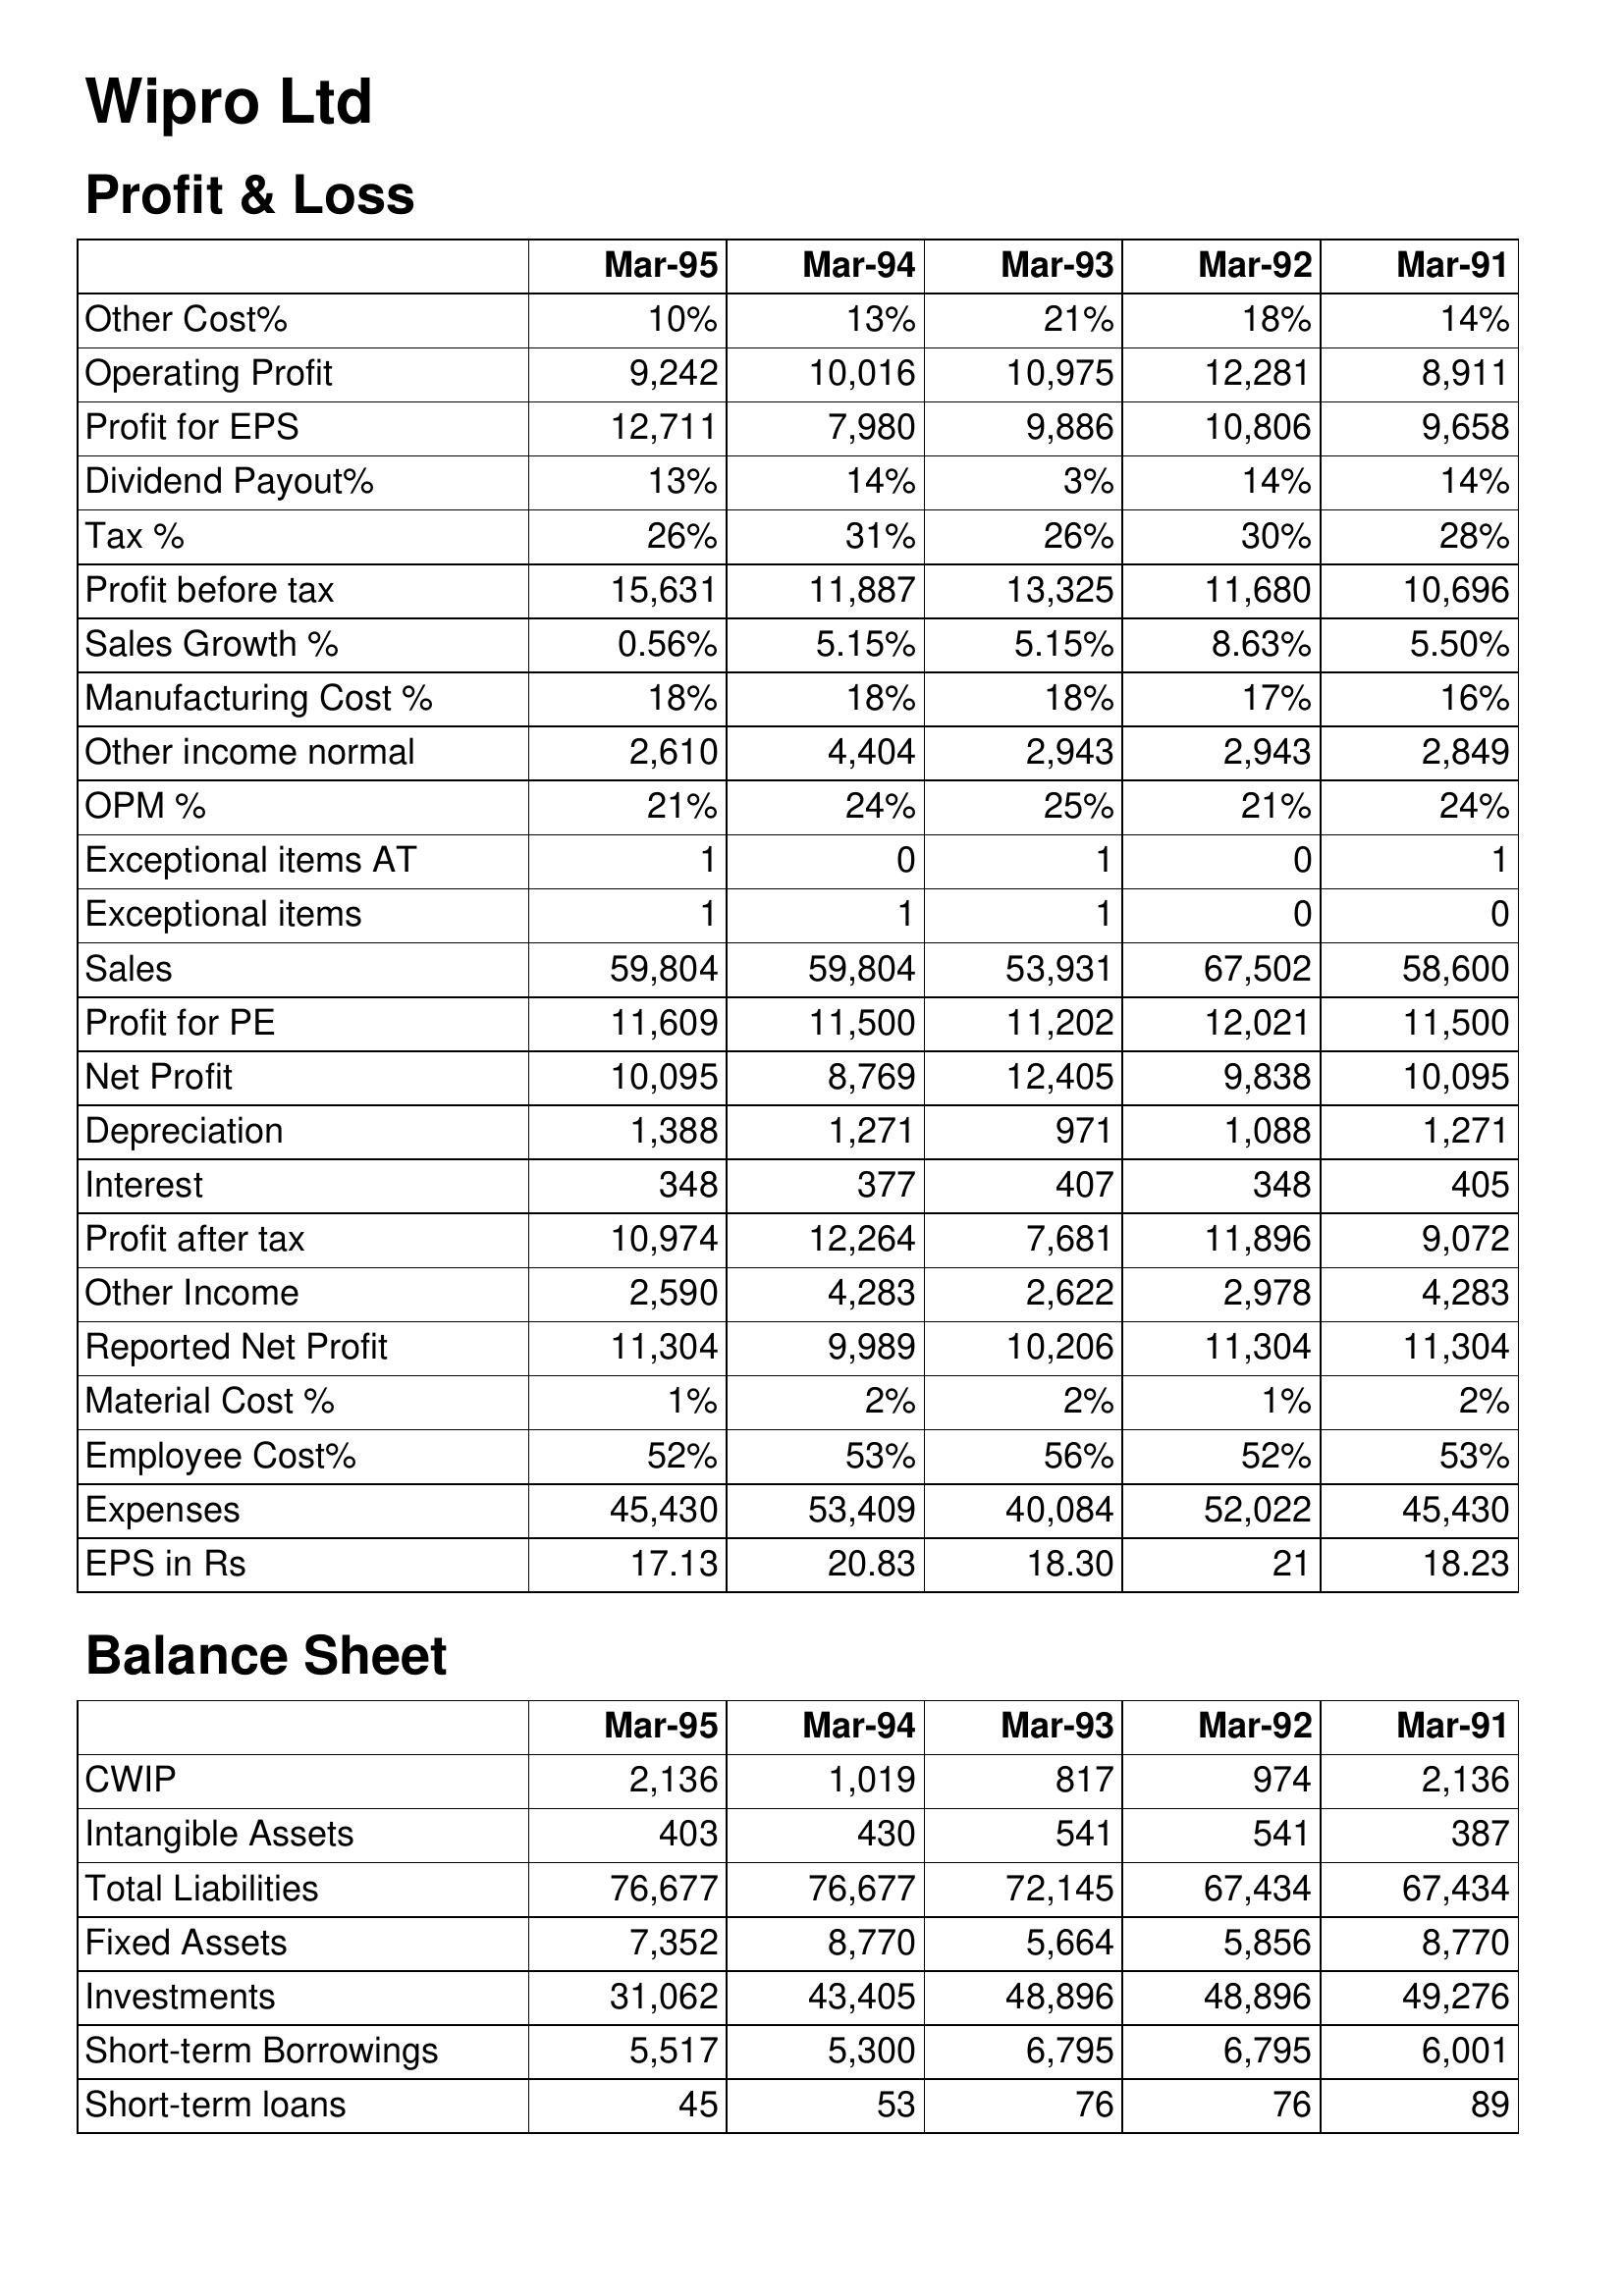
Mar-95: Profit & Loss: Other Cost%: 10%
Operating Profit: 9,242
Profit for EPS: 12,711
Dividend Payout%: 13%
Tax %: 26%
Profit before tax: 15,631
Sales Growth %: 0.56%
Manufacturing Cost %: 18%
Other income normal: 2,610
OPM %: 21%
Exceptional items AT: 1
Exceptional items: 1
Sales: 59,804
Profit for PE: 11,609
Net Profit: 10,095
Depreciation: 1,388
Interest: 348
Profit after tax: 10,974
Other Income: 2,590
Reported Net Profit: 11,304
Material Cost %: 1%
Employee Cost%: 52%
Expenses: 45,430
EPS in Rs: 17.13
Balance Sheet: CWIP: 2,136
Intangible Assets: 403
Total Liabilities: 76,677
Fixed Assets: 7,352
Investments: 31,062
Short-term Borrowings: 5,517
Short-term loans: 45
Mar-94: Profit & Loss: Other Cost%: 13%
Operating Profit: 10,016
Profit for EPS: 7,980
Dividend Payout%: 14%
Tax %: 31%
Profit before tax: 11,887
Sales Growth %: 5.15%
Manufacturing Cost %: 18%
Other income normal: 4,404
OPM %: 24%
Exceptional items AT: 0
Exceptional items: 1
Sales: 59,804
Profit for PE: 11,500
Net Profit: 8,769
Depreciation: 1,271
Interest: 377
Profit after tax: 12,264
Other Income: 4,283
Reported Net Profit: 9,989
Material Cost %: 2%
Employee Cost%: 53%
Expenses: 53,409
EPS in Rs: 20.83
Balance Sheet: CWIP: 1,019
Intangible Assets: 430
Total Liabilities: 76,677
Fixed Assets: 8,770
Investments: 43,405
Short-term Borrowings: 5,300
Short-term loans: 53
Mar-93: Profit & Loss: Other Cost%: 21%
Operating Profit: 10,975
Profit for EPS: 9,886
Dividend Payout%: 3%
Tax %: 26%
Profit before tax: 13,325
Sales Growth %: 5.15%
Manufacturing Cost %: 18%
Other income normal: 2,943
OPM %: 25%
Exceptional items AT: 1
Exceptional items: 1
Sales: 53,931
Profit for PE: 11,202
Net Profit: 12,405
Depreciation: 971
Interest: 407
Profit after tax: 7,681
Other Income: 2,622
Reported Net Profit: 10,206
Material Cost %: 2%
Employee Cost%: 56%
Expenses: 40,084
EPS in Rs: 18.30
Balance Sheet: CWIP: 817
Intangible Assets: 541
Total Liabilities: 72,145
Fixed Assets: 5,664
Investments: 48,896
Short-term Borrowings: 6,795
Short-term loans: 76
Mar-92: Profit & Loss: Other Cost%: 18%
Operating Profit: 12,281
Profit for EPS: 10,806
Dividend Payout%: 14%
Tax %: 30%
Profit before tax: 11,680
Sales Growth %: 8.63%
Manufacturing Cost %: 17%
Other income normal: 2,943
OPM %: 21%
Exceptional items AT: 0
Exceptional items: 0
Sales: 67,502
Profit for PE: 12,021
Net Profit: 9,838
Depreciation: 1,088
Interest: 348
Profit after tax: 11,896
Other Income: 2,978
Reported Net Profit: 11,304
Material Cost %: 1%
Employee Cost%: 52%
Expenses: 52,022
EPS in Rs: 21
Balance Sheet: CWIP: 974
Intangible Assets: 541
Total Liabilities: 67,434
Fixed Assets: 5,856
Investments: 48,896
Short-term Borrowings: 6,795
Short-term loans: 76
Mar-91: Profit & Loss: Other Cost%: 14%
Operating Profit: 8,911
Profit for EPS: 9,658
Dividend Payout%: 14%
Tax %: 28%
Profit before tax: 10,696
Sales Growth %: 5.50%
Manufacturing Cost %: 16%
Other income normal: 2,849
OPM %: 24%
Exceptional items AT: 1
Exceptional items: 0
Sales: 58,600
Profit for PE: 11,500
Net Profit: 10,095
Depreciation: 1,271
Interest: 405
Profit after tax: 9,072
Other Income: 4,283
Reported Net Profit: 11,304
Material Cost %: 2%
Employee Cost%: 53%
Expenses: 45,430
EPS in Rs: 18.23
Balance Sheet: CWIP: 2,136
Intangible Assets: 387
Total Liabilities: 67,434
Fixed Assets: 8,770
Investments: 49,276
Short-term Borrowings: 6,001
Short-term loans: 89